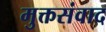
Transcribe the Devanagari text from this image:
मुक्तसंवाद